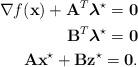
LaTeX: \begin{align*}\nabla f(\mathbf{x}) + \mathbf{A}^T\boldsymbol{\lambda}^{\star} = \mathbf{0} \\\mathbf{B}^T\boldsymbol{\lambda}^{\star} = \mathbf{0} \\\mathbf{A}\mathbf{x}^{\star} + \mathbf{B}\mathbf{z}^{\star} = \mathbf{0}. \end{align*}